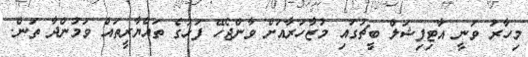
މިހާރު ވަނީ އާޓިފިޝަލް ބީޗުގައި މުޒާހަރާއަށް ވާންޖެހޭ ފަހުގެ ތައްޔާރީތައް ވަމުންދާ ތަން.